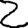
Digit: 2